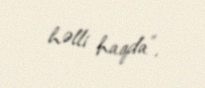
həlli haqda”.